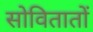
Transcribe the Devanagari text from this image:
सोवितातों